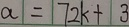
a = 7 2 k + 3